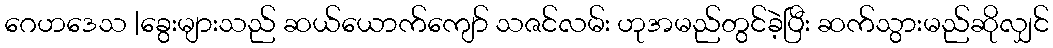
ဂေဟဒေသ |ခွေးများသည် ဆယ်ယောက်ကျော် သဇင်လမ်း ဟုအမည်တွင်ခဲ့ပြီး ဆက်သွားမည်ဆိုလျှင်